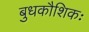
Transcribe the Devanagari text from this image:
बुधकौशिकः